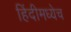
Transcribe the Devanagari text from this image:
हिंदीमध्येच